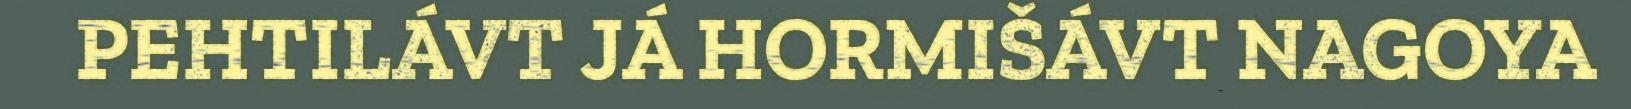
PEHTILÁVT JÁ HORMIŠÁVT NAGOYA